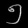
Digit: ၅